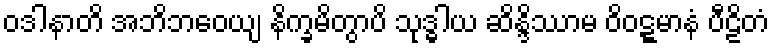
ဝဒါနာတိ အဘိဘဝေယျ နိက္ခမိတွာပိ သုဒ္ဓါယ ဆိန္ဒိဿာမ ဝိဝဋ္ဋမာနံ ပီဠိတံ